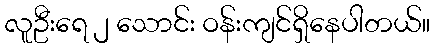
လူဦးရေ ၂ သောင်း ဝန်းကျင်ရှိနေပါတယ်။